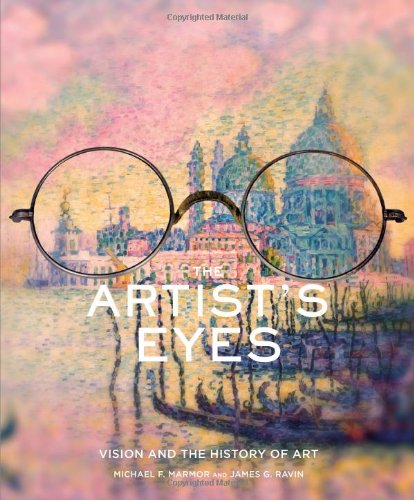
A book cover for The Artist's Eyes; Michael Marmor; Medical Books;